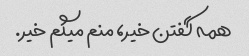
همه گفتن خیر، منم میگم خیر.